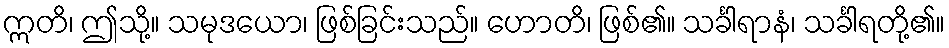
ဣတိ၊ ဤသို့။ သမုဒယော၊ ဖြစ်ခြင်းသည်။ ဟောတိ၊ ဖြစ်၏။ သင်္ခါရာနံ၊ သင်္ခါရတို့၏။